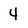
Character: 4